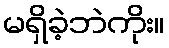
မရှိခဲ့ဘဲကိုး။